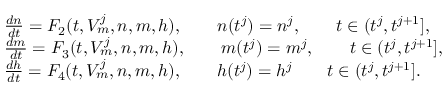
\begin{array} { r l } & { \frac { d n } { d t } = F _ { 2 } ( t , V _ { m } ^ { j } , n , m , h ) , \qquad n ( t ^ { j } ) = n ^ { j } , \qquad t \in ( t ^ { j } , t ^ { j + 1 } ] , } \\ & { \frac { d m } { d t } = F _ { 3 } ( t , V _ { m } ^ { j } , n , m , h ) , \qquad m ( t ^ { j } ) = m ^ { j } , \qquad t \in ( t ^ { j } , t ^ { j + 1 } ] , } \\ & { \frac { d h } { d t } = F _ { 4 } ( t , V _ { m } ^ { j } , n , m , h ) , \qquad h ( t ^ { j } ) = h ^ { j } \qquad t \in ( t ^ { j } , t ^ { j + 1 } ] . } \end{array}